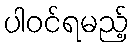
ပါဝင်ရမည့်